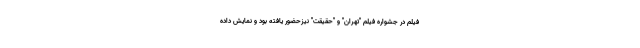
فیلم در جشواره فیلم "تهران" و "حقیقت" نیزحضور یافته بود و نمایش داده